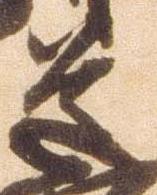
道